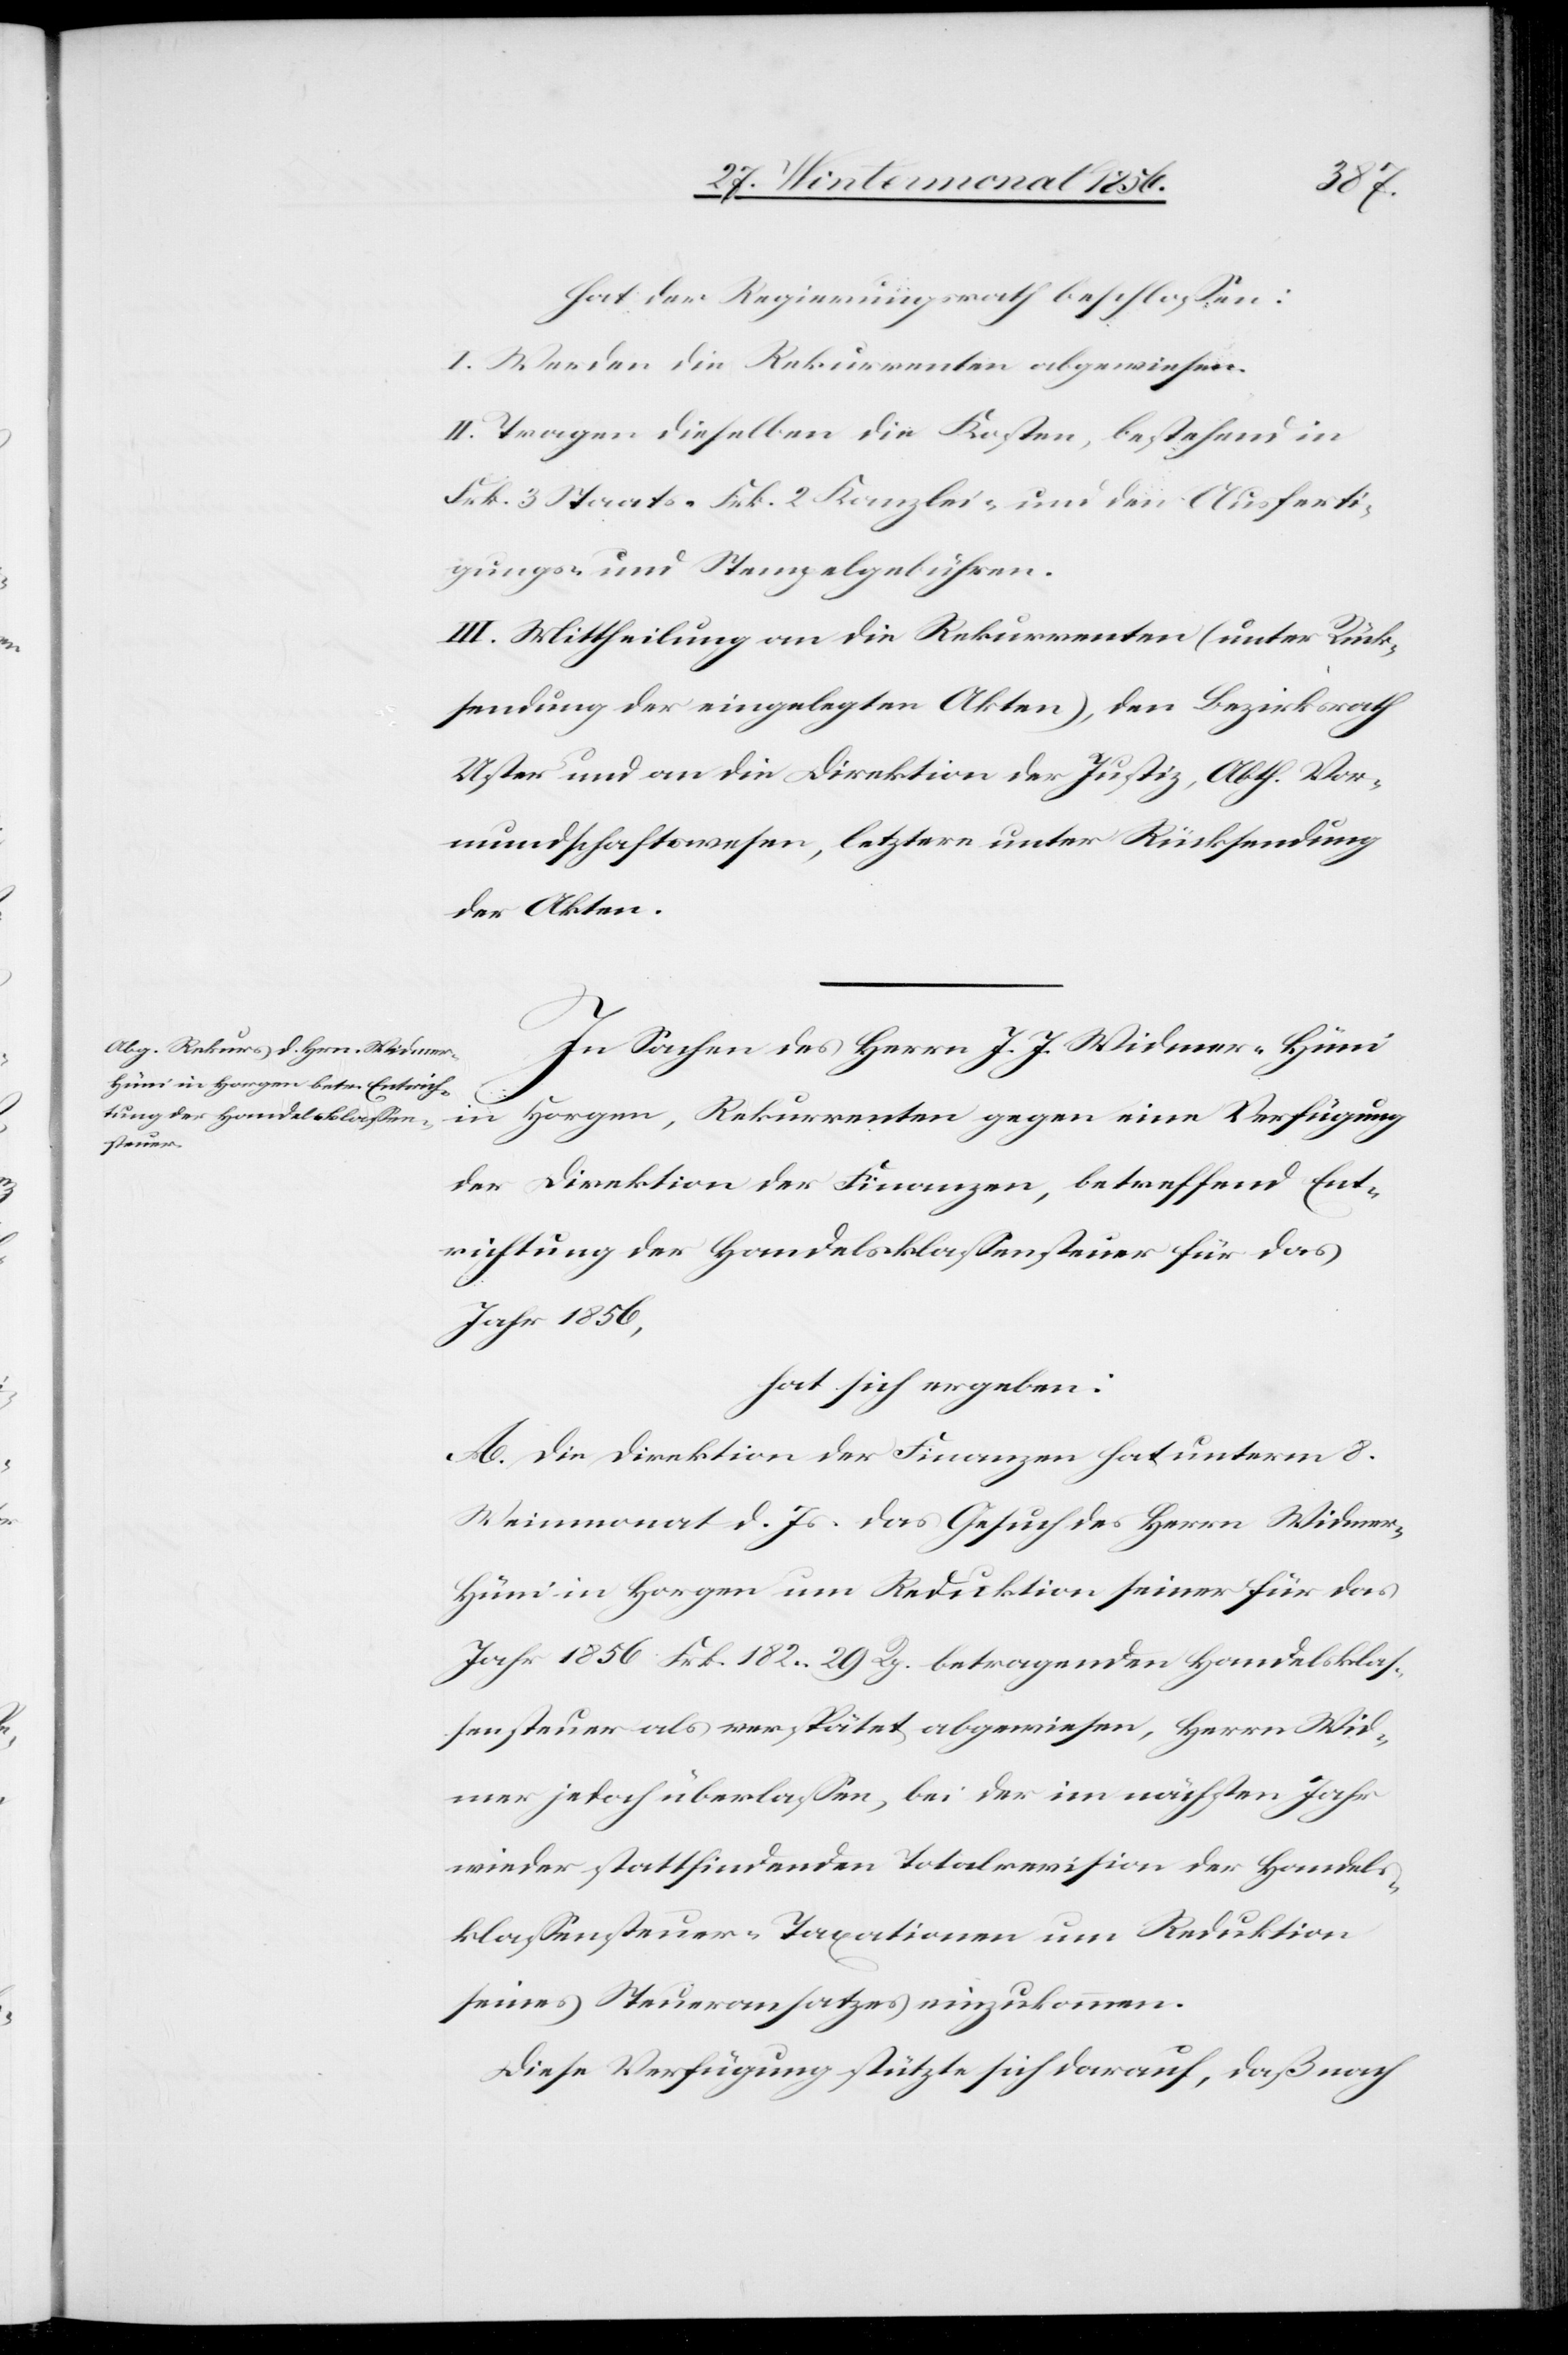
hat der Regierungsrath beschlossen:
I. Werden die Rekurrenten abgewiesen.
II. Tragen dieselben die Kosten, bestehend in
Frk. 3 Staats-[,] Frk. 2 Kanzlei- und den Ausferti¬
gungs- und Stempelgebühren.
III. Mittheilung an die Rekurrenten (unter Rück¬
sendung der eingelegten Akten), den Bezirksrath
Uster und an die Direktion der Justiz, Abth. Vor¬
mundschaftswesen, letztere unter Rücksendung
der Akten.
In Sachen des Herrn J. J. Widmer-Hüni
in Horgen, Rekurrenten gegen eine Verfügung
der Direktion der Finanzen, betreffend Ent¬
richtung der Handelsklassensteuer für das
Jahr 1856,
hat sich ergeben:
A. Die Direktion der Finanzen hat unterm 8.
Weinmonat d. Js. das Gesuch des Herrn Widme¬
r-Hüni in Horgen um Reduktion seiner für das
Jahr 1856 Frk. 182. 29 Rp. betragenden Handelsklas¬
sensteuer als verspätet abgewiesen, Herrn Wid¬
mer jedoch überlassen, bei der im nächsten Jahr
wieder stattfindenden Totalrevision der Handels¬
klassensteuer-Taxationen um Reduktion
seines Steueransatzes einzukommen.
Diese Verfügung stützte sich darauf, daß nach